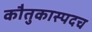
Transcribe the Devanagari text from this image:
कौतुकास्पदच